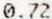
0.72